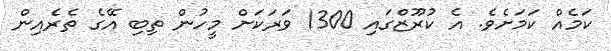
ކަމެއް ކަމަށެވެ. އެ ކުރޫޒްގައި 1300 ވަރަކަށް މީހުން ތިބި އޭގެ ތެރެއިން